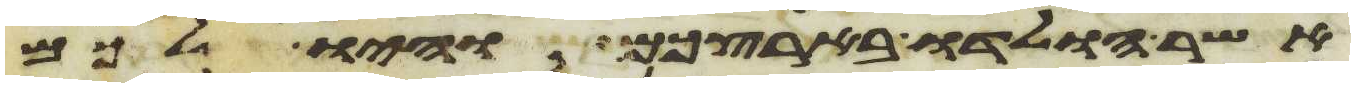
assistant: אשר הולדו בארצכם והיו לכם